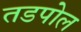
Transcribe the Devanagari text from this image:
तडपोल